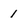
Character: 1